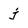
Character: j